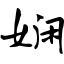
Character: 娴